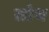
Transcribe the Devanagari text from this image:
सोथ